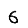
Digit: 6